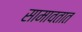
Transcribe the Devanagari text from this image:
सामावतात